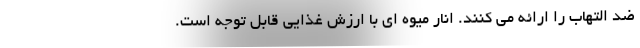
ضد التهاب را ارائه می کنند. انار میوه ای با ارزش غذایی قابل توجه است.